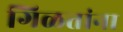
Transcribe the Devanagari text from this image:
गिळतांना